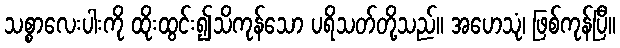
သစ္စာလေးပါးကို ထိုးထွင်း၍သိကုန်သော ပရိသတ်တို့သည်။ အဟေသုံ၊ ဖြစ်ကုန်ပြီ။